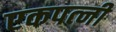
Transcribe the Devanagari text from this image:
एकपत्‍नी